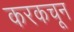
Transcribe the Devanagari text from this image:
करकचून